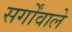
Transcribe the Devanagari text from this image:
सर्गोंवाले